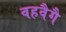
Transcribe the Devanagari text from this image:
वहवैगै